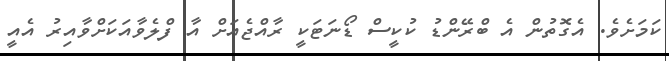
ކަމަށެވެ. އެގޮތުން އެ ބްރޭންޑު ކުކީސް ޑޯނަޓަކީ ރާއްޖެއަށް އާ ފްލެވާއަކަށްވާއިރު އެއީ